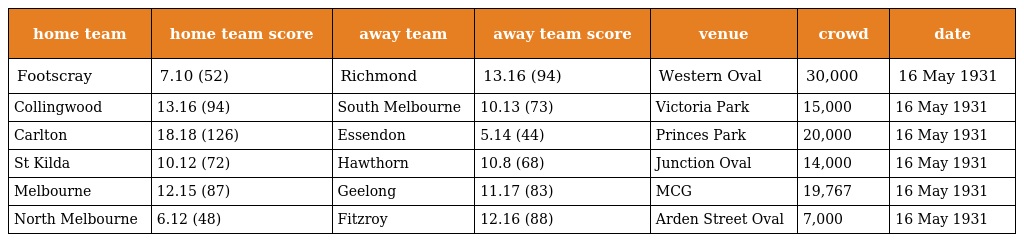
| home team | home team score | away team | away team score | venue | crowd | date |
 | --- | --- | --- | --- | --- | --- | --- |
 | Footscray | 7.10 (52) | Richmond | 13.16 (94) | Western Oval | 30,000 | 16 May 1931 |
 | Collingwood | 13.16 (94) | South Melbourne | 10.13 (73) | Victoria Park | 15,000 | 16 May 1931 |
 | Carlton | 18.18 (126) | Essendon | 5.14 (44) | Princes Park | 20,000 | 16 May 1931 |
 | St Kilda | 10.12 (72) | Hawthorn | 10.8 (68) | Junction Oval | 14,000 | 16 May 1931 |
 | Melbourne | 12.15 (87) | Geelong | 11.17 (83) | MCG | 19,767 | 16 May 1931 |
 | North Melbourne | 6.12 (48) | Fitzroy | 12.16 (88) | Arden Street Oval | 7,000 | 16 May 1931 |